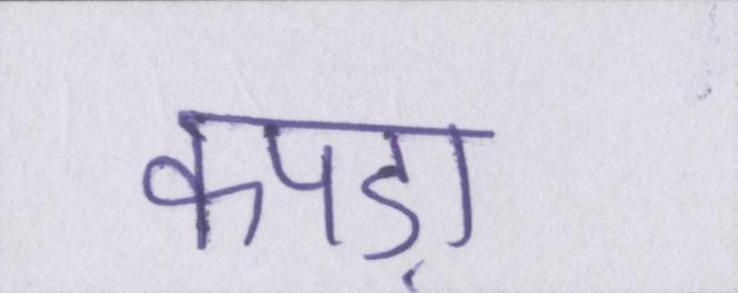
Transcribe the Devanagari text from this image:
कपड़ा